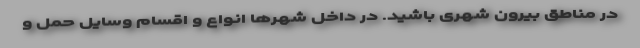
در مناطق بیرون شهری باشید. در داخل شهرها انواع و اقسام وسایل حمل و